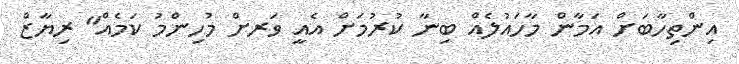
އިންތިހާބަށް އަމާން މާހައުލެއް ބިނާ ކުރުމަށް އެއީ ވަރށް މުހިންމު ކަމެއް" ރިޔާޒް